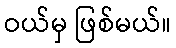
ဝယ်မှ ဖြစ်မယ်။